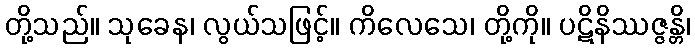
တို့သည်။ သုခေန၊ လွယ်သဖြင့်။ ကိလေသေ၊ တို့ကို။ ပဋိနိဿဇ္ဇန္တိ၊